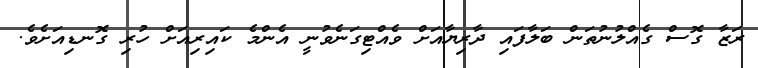
ރަޒާ ގޮސް ގެއްލުނުތަން ބަލާފައި ދާރިޔާއަށް ވެއްޓިގަނެވުނީ އެންމެ ކައިރިއަށް ހުރި ގޮނޑިއަށެވެ.